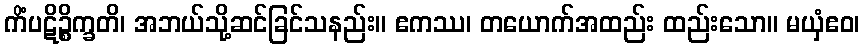
ကိံပဋိဉ္စိက္ခတိ၊ အဘယ်သို့ဆင်ခြင်သနည်း။ ဧကဿ၊ တယောက်အထည်း ထည်းသော။ မယှံဧဝ၊